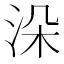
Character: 𣳼